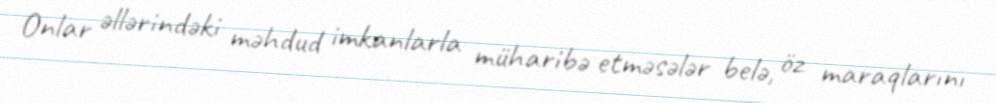
Onlar əllərindəki məhdud imkanlarla müharibə etməsələr belə, öz maraqlarını